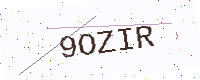
Text: 9OZIR